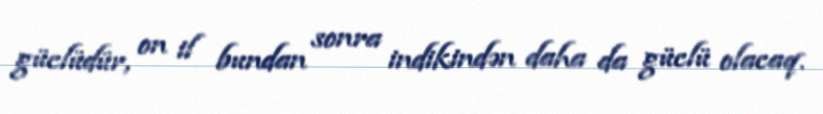
güclüdür, on il bundan sonra indikindən daha da güclü olacaq.